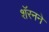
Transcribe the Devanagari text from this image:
शॅरनने